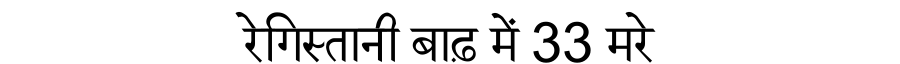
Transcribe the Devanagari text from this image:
रेगिस्तानी बाढ़ में 33 मरे